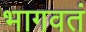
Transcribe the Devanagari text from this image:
भागवतं